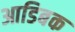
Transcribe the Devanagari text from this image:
आडिबक